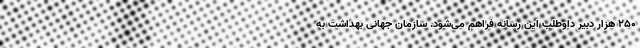
۲۵۰ هزار دبیر داوطلب این رسانه فراهم می‌شود. سازمان جهانی بهداشت به